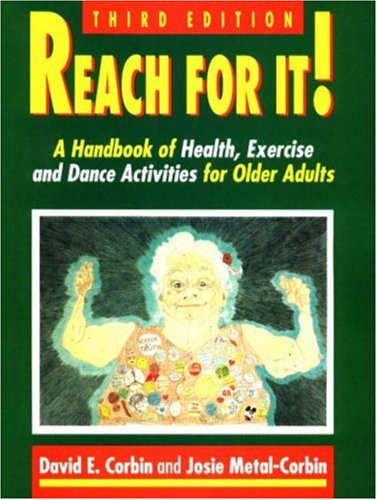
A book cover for Reach for It: A Handbook of Health, Exercise and Dance for Older Adults; Josie Metal-Corbin; Health, Fitness & Dieting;